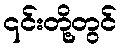
၎င်းတို့တွင်